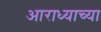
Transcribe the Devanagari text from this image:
आराध्याच्या